system: You are a helpful assistant.
user:
Analyze the provided spectrum to determine if it is a **M-type Giant (gM)**.

A M-type Giant spectrum is defined by its **strong molecular absorption** features, particularly from **Titanium Oxide (TiO)**. You must check for one of the following mutually exclusive signatures:

- **Key Visual Indicators (Absorption-Dominated Spectrum):**

    - **(Primary):** The spectrum is dominated by strong molecular absorption from **Titanium Oxide (TiO)**. This is the **defining feature** of its M-type temperature class.
        - **(Key Bandheads):** Look for sharp, "saw-tooth" absorption valleys. The strongest are located near **~7050 Å**, **~6160 Å**, and **~5170 Å**.
        - **(Line Profile):** The "saw-tooth" morphology is critical: a **sharp, steep drop on the BLUE (short-wavelength) side** of the bandhead, followed by a gradual recovery (rising flux) towards the RED (long-wavelength) side.

    - **(Key Confirmation - Giant vs. Dwarf):** **ABSENCE** of strong **Calcium Hydride (CaH)** molecular bands. This is the primary diagnostic for *excluding* M-dwarfs.
        - **(Key Region):** The spectrum should lack the strong, broad absorption band seen in dwarfs between **~6800 Å and ~7000 Å**.

    - **(Secondary Confirmation - Giant):** A very strong and broad **Neutral Calcium (Ca I)** atomic absorption line.
        - **(Key Line):** Located at **~4226 Å**. In a giant (gM), this line is significantly deeper and broader than the same line in an M-dwarf (dM) due to low surface gravity.

    - **(Overall Spectrum):**
        - The continuum is **extremely red-sloping** (i.e., flux is very low in the blue and rises dramatically towards the red).
        - The entire spectrum appears "chopped up" by the deep TiO bands.

Think first, call **spectral_visualization_tool** if needed to examine features in detail, then provide your final answer. Your response must adhere to the following strict rules:
1.  **Overall Structure:** Your response must follow the format `<think>...</think> <tool_call>...</tool_call> (if a tool is used) <answer>...</answer>`.
2.  **Tool Usage Constraint:** You may only make **one** tool call per turn.
3.  **Final Answer Format:** In the `<answer>` tag, your conclusion must be inside a `\boxed{}` command (e.g., `\boxed{YES}` or `\boxed{NO}`), followed by your justification.

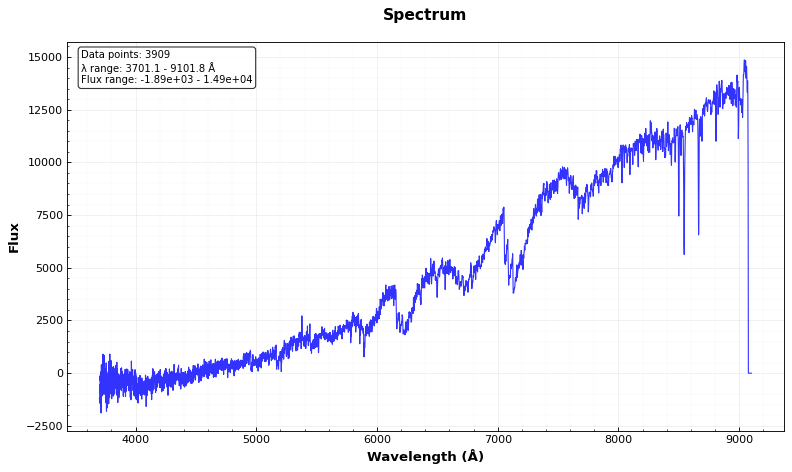
Answer: YES